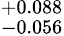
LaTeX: ^{+0.088}_{-0.056}